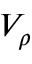
V _ { \rho }